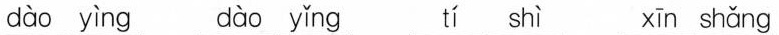
dào yìng dào yǐng tí shì xīn shǎng